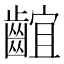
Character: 𪘲